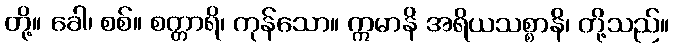
တို့။ ခေါ၊ စစ်။ စတ္တာရိ၊ ကုန်သော။ ဣမာနိ အရိယသစ္စာနိ၊ တို့သည်။